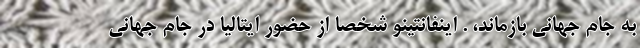
به جام جهانی بازماند، . اینفانتینو شخصا از حضور ایتالیا در جام جهانی